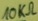
Text: 10KΩ